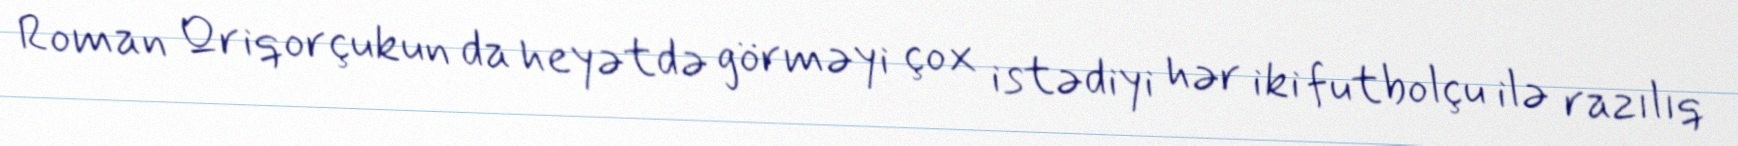
Roman Qriqorçukun da heyətdə görməyi çox istədiyi hər iki futbolçu ilə razılıq